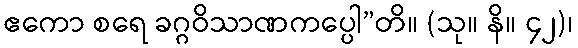
ဧကော စရေ ခဂ္ဂဝိသာဏကပ္ပေါ”တိ။ (သု။ နိ။ ၄၂)၊